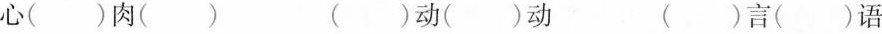
心( )肉( ) ( )动( )动 ( )言( )语